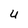
Character: 4